Punjab Mental Hospital Lahore 1922-31 - 1922-1931
Year: 1922
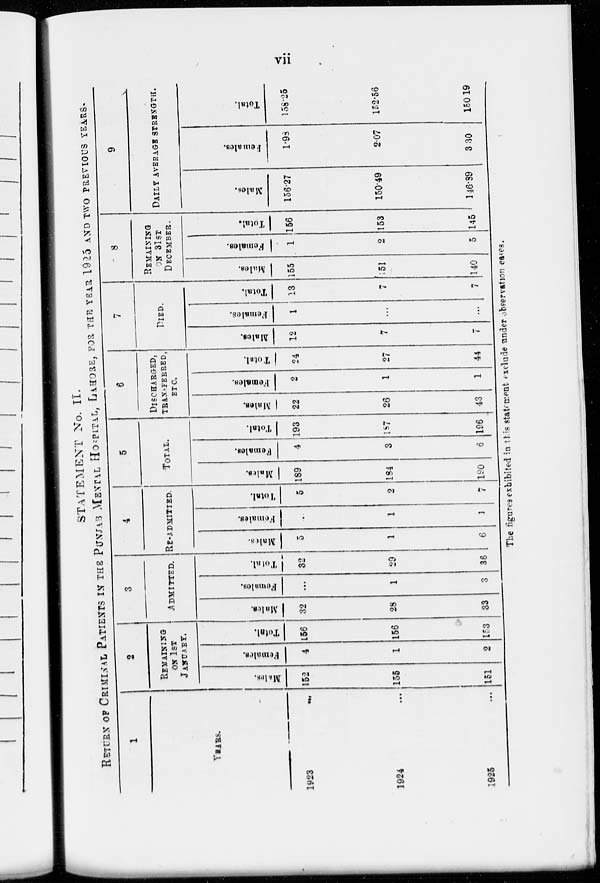
vii
STATEMENT No. II.
RERURN OF CRIMINAL PATIENTS IN THE PUNJAB MENTAL HOSPITAL, LAHORE, FOR THE YEAR 1925 AND TWO PREVIOUS YEARS-
1
YEARS.
1923
...
1924
...
1925
...
2
REMAINING
ON 1ST
JANUARY.
Males.
152
155
151
Females.
4
1
2
Total.
156
156
153
3
ADMITTED.
Males.
32
28
33
Females.
...
1
3
Total.
32
29
36
4
RE-ADMITTED.
Males.
5
1
6
Females.
...
1
1
Total.
5
2
7
5
TOTAL.
Males.
189
184
190
Females.
4
3
6
Total.
193
187
196
6
DISCHARGED,
TRANSFERRED,
ETC.
M ales.
22
26
43
Females.
2
1
1
Total.
24
27
44
7
DIED.
Males.
12
7
7
Females.
1
...
...
Total.
13
7
7
8
REMAINING
ON 31ST
DECEMBER.
Males.
155
151
140
Females.
1
2
5
Total.
156
153
145
9
DAILY AVERAGE STRENGTH.
Males.
156.27
150.49
146.89
Females.
1.98
2.07
3.30
Total.
158.25
152.56
150.19
The figures exhibited in this statement exclude under observation cases.